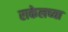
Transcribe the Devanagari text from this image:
राकेलच्या